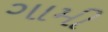
ગામી